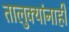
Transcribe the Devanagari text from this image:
तालुक्यांनाही